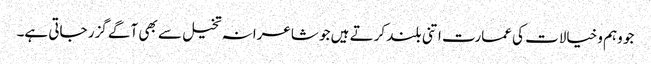
جو وہم وخیالات کی عمارت اتنی بلند کرتے ہیں جو شاعرانہ تخیل سے بھی آگے گزر جاتی ہے۔